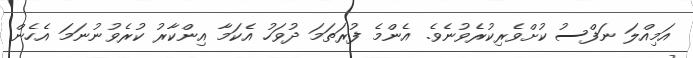
އަމިއްލަ ނަފްސު ކުށްވެރިކުރެވުނެވެ. އެންމެ ފުރަތަމަ ދުވަހު އެކަމާ އިންކާރު ކުރެވުނުނަމަ އެހެން